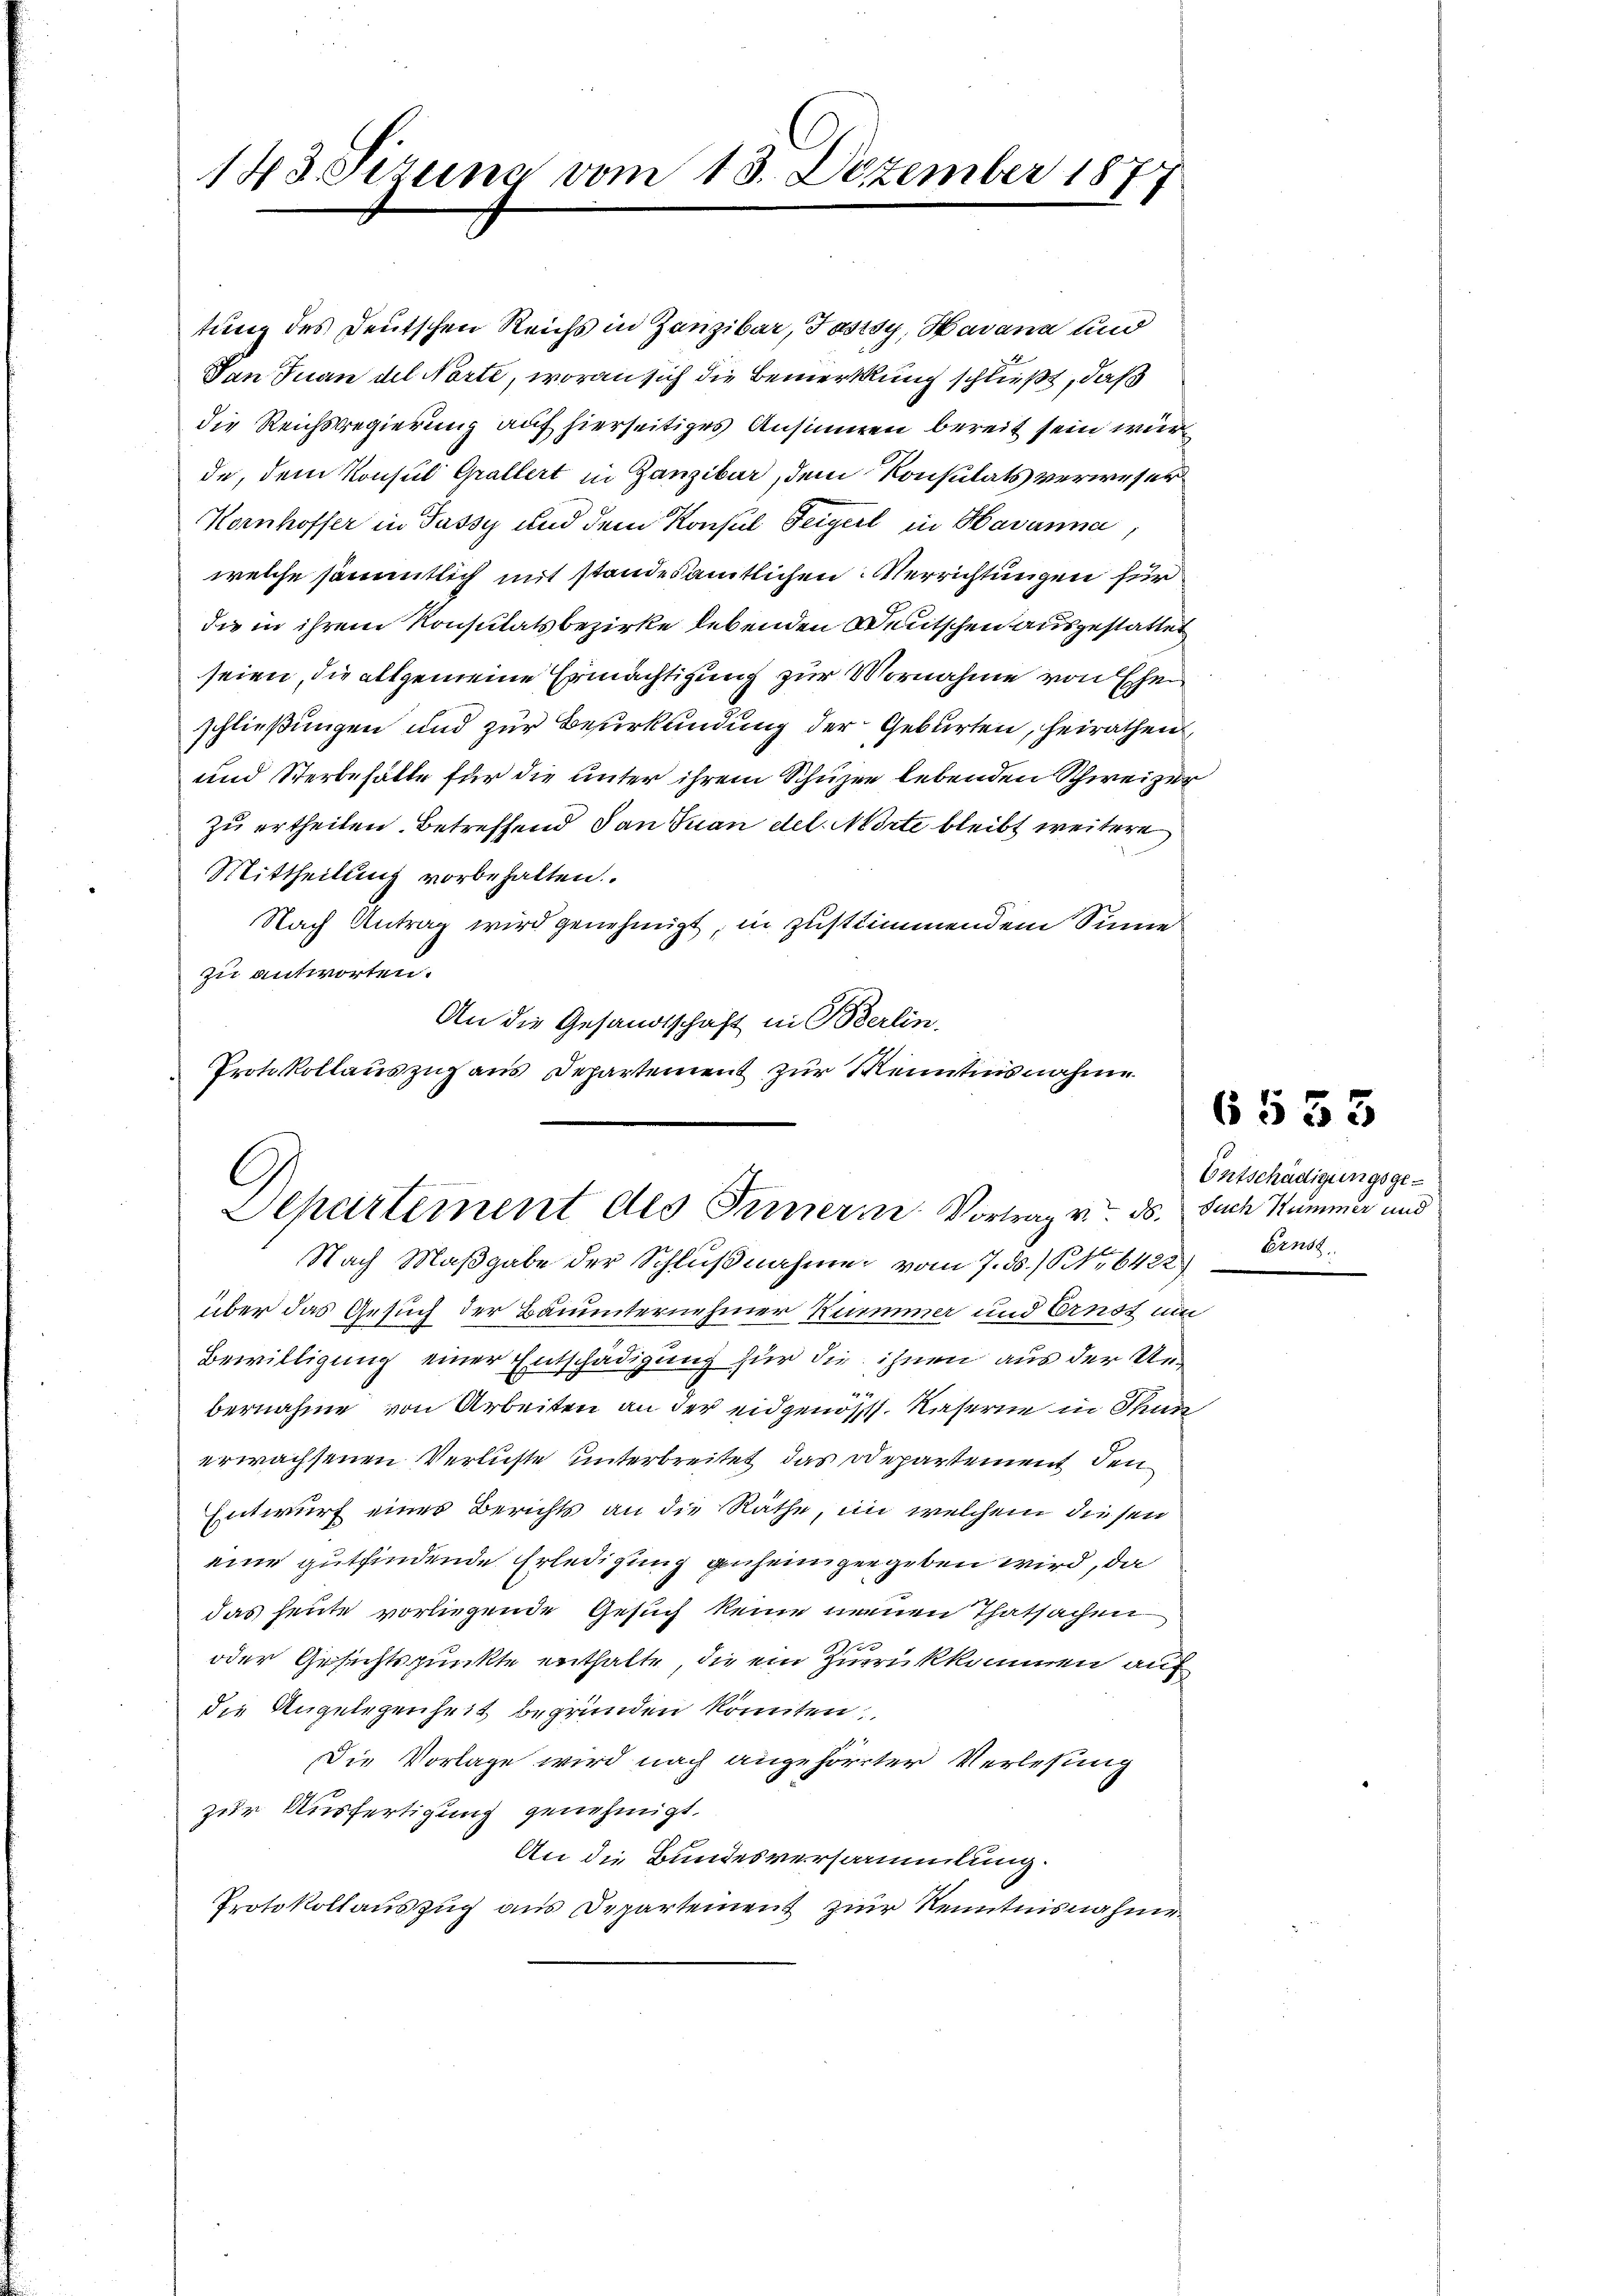
143. Sizung vom 13. Dezember 1877

tung des Deutschen Reichs in Zonzibar, Jassy, Havana und
Tan Juan del Nörte, woran sich die Bemerkung schließt, daß
die Reichsregierung auf hierseitiges Ansinnen bereit sein würde, dem Konsul Grallert in Ganzibar, dem Konsulats verweser
Kornhoffer in Passy und dem Konsul Feigel in Havanna
welche sämmtlich mit standesamtlichen Verrichtungen für
die in ihrem Konsulatsbezirke lebenden Deutschen ausgestatten
seien, die allgemeine Ermächtigung zur Vornahme von Ehe
schließungen und zur Beurkundung der Geburten, heirathen
und Sterbehälte für die unter ihrem Schutzen lebenden Schweizer
zu ertheilen. Betreffend dan Juan del Mörte bleibt weitere
Mittheilung vorbehalten.
Nach Antrag wird genehmigt, in zustimmendem Sinne
zu antworten.
An die Gesandtschaft in Berlin.
Protokollauszug aus Departement zur Kenntnisnahme

Departement des Innern Vortrag v. ds. such Kummer und

Bewilligung einer Entschädigung für die ihnen aus der Unbernahme von Arbeiten an der eidgenöss. Kaserne in Thun
erwachsenen Verluste unterbreitet das Departement den
Entwurf eines Berichts an die Räthe, im welchem diesen
eine gutfindende Erledigung anheimgegeben wird, da
das heute vorliegende Gesuch keine neuen Thatsachen
oder Gesichtspunkte enthalte, die ein Zurükkommen auf
die Angelegenheit begründen könnten
12
Die Vorlage wird nach angehörter Verlesung
zur Ausfertigung genehmigt.
An die Bundesversammlung.
Protokollauszug aus Departement zur Kenntnisnahme

Nach Maßgabe der Schlußnahme vom 7. ds. / NNo. 6422
über das Gesuch der Bauunternehmer Kummer und Ernst um

6533

Entschädigungsge¬
Ernst